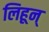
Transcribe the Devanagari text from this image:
लिहून्